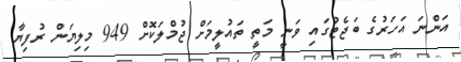
އަންނަ އަހަރުގެ ބަޖެޓުގައި ވަނީ މަތީ ތައުލީމަށް ޖުމްލަކޮށް 949 މިލިޔަން ރުފިޔާ